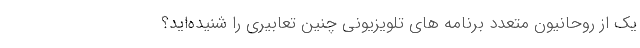
یک از روحانیون متعدد برنامه های تلویزیونی چنین تعابیری را شنیده‌اید؟